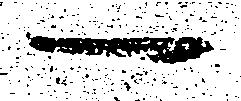
一